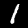
Digit: 1